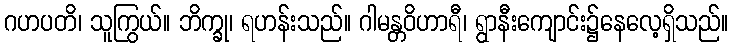
ဂဟပတိ၊ သူကြွယ်။ ဘိက္ခု၊ ရဟန်းသည်။ ဂါမန္တဝိဟာရီ၊ ရွာနီးကျောင်း၌နေလေ့ရှိသည်။